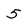
Character: 5